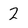
Character: 2